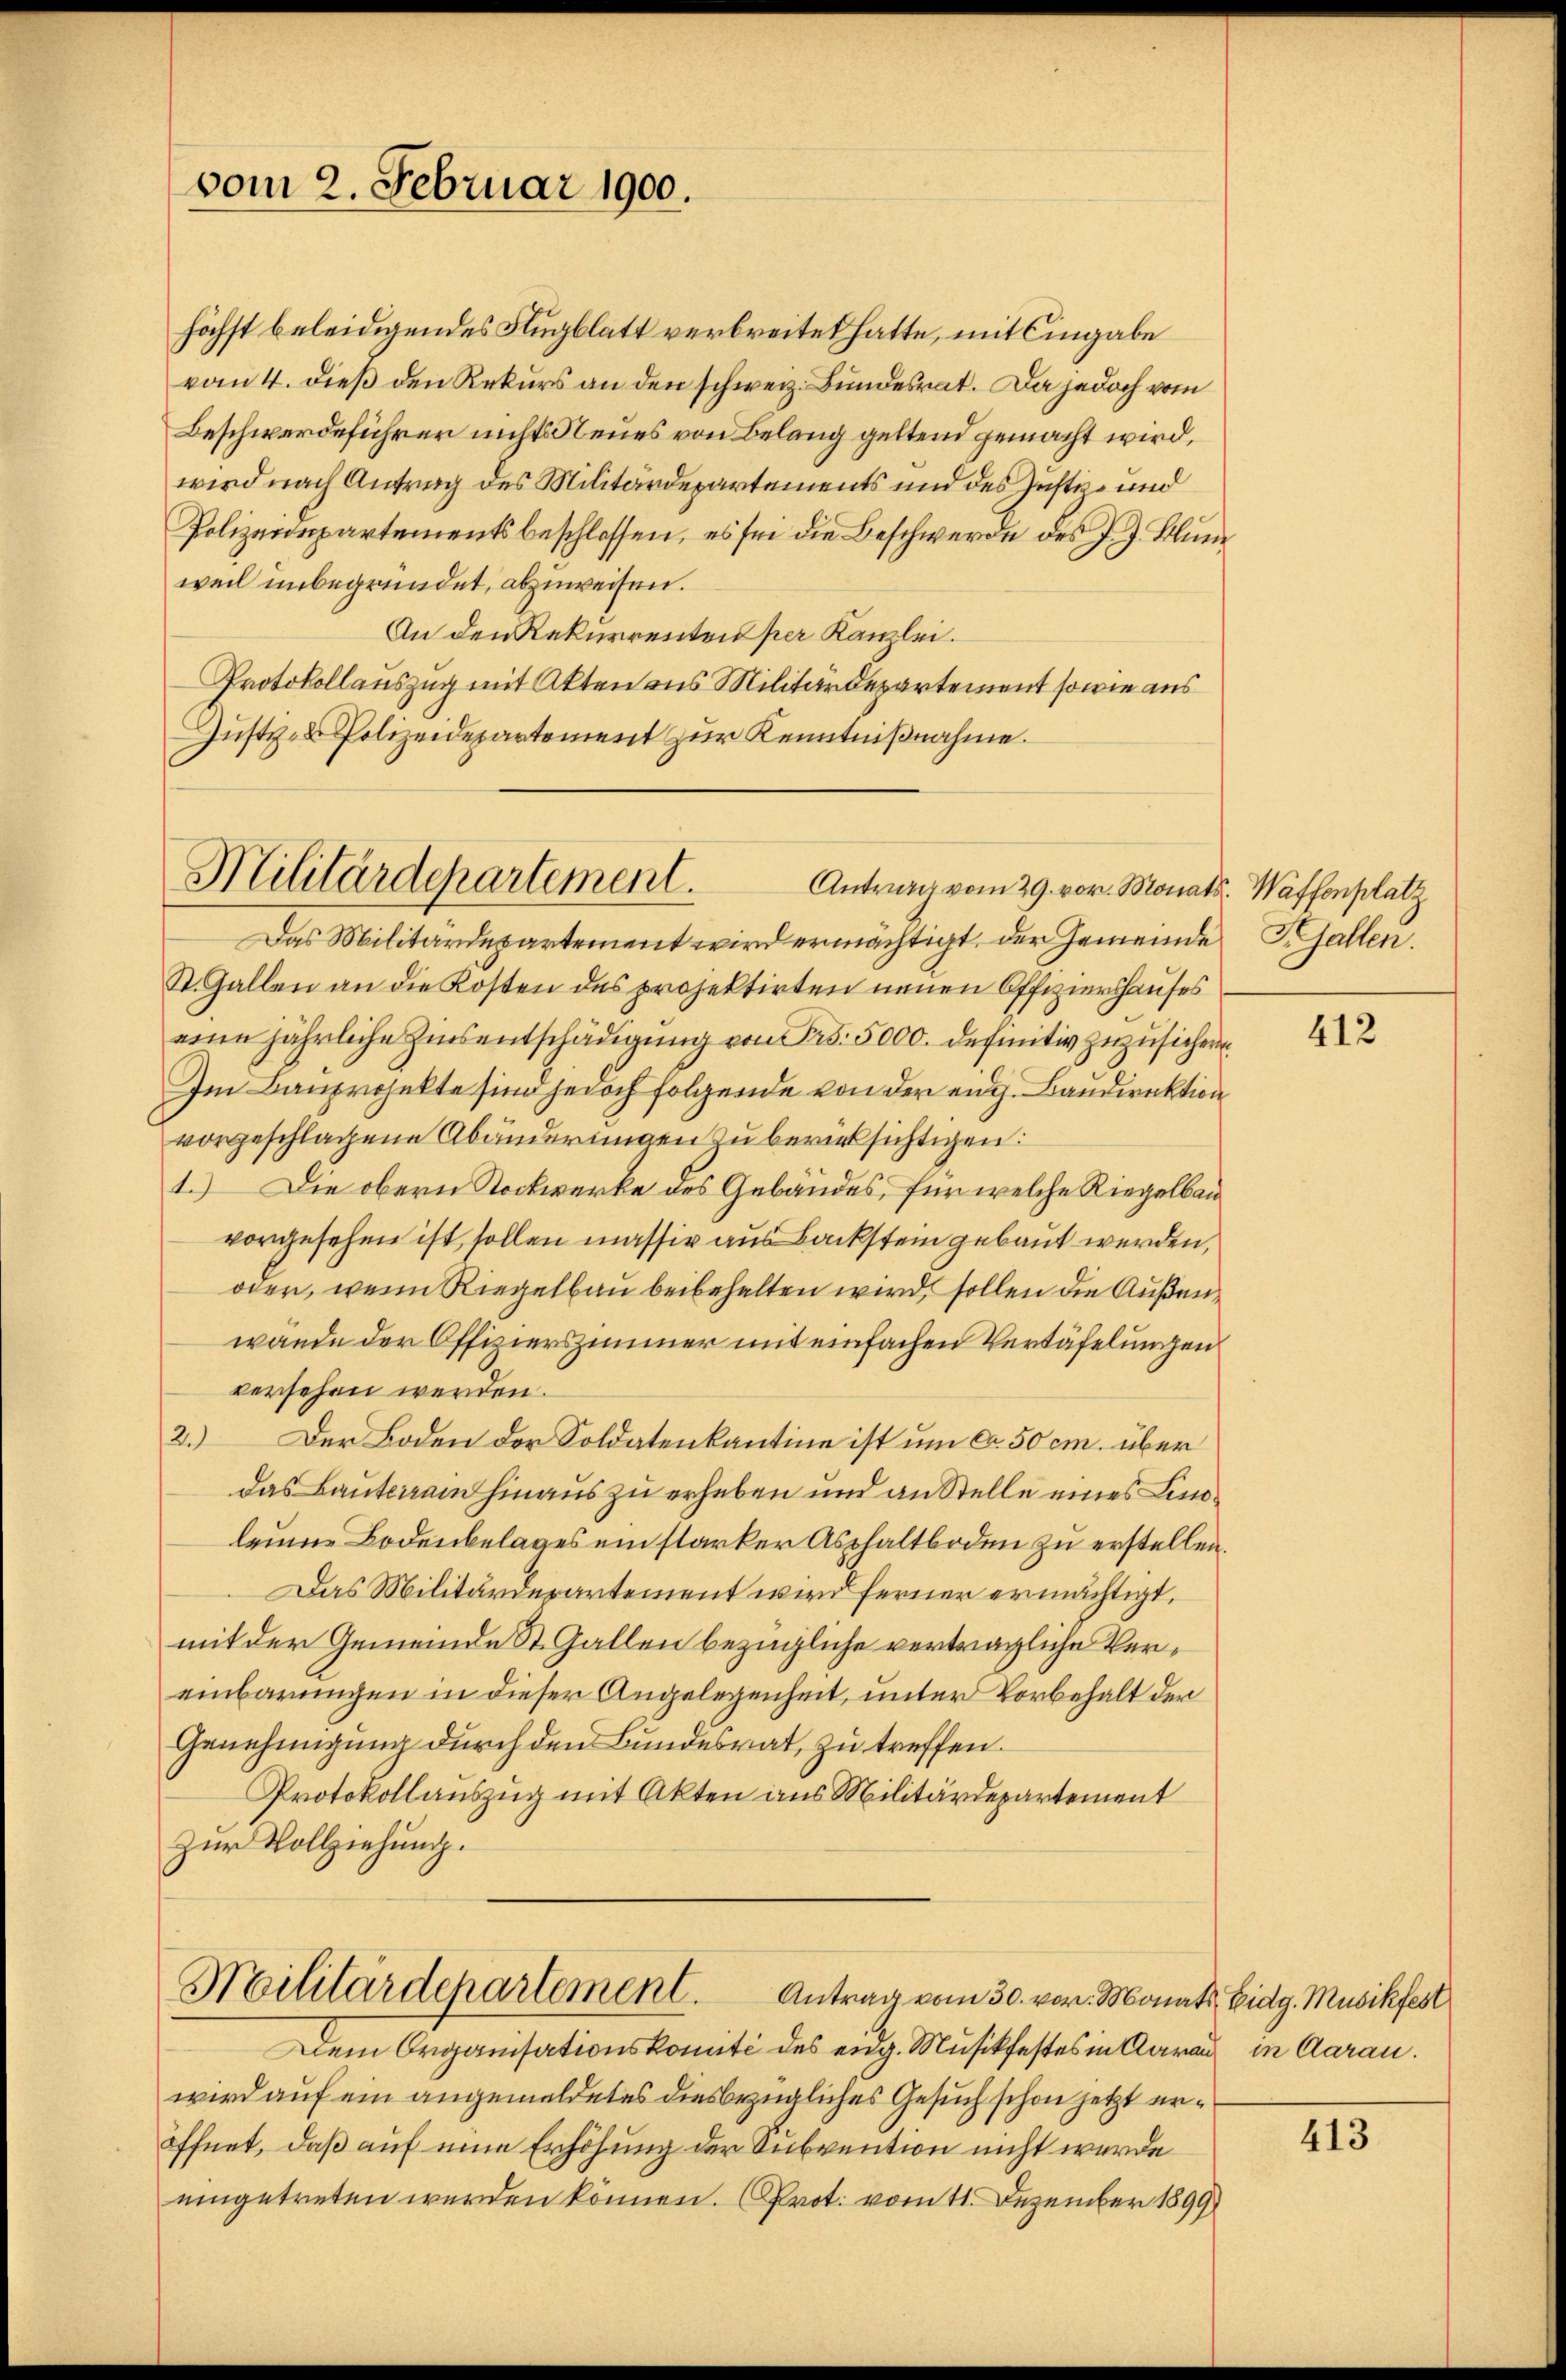
vom 2. Februar 1900.

Militärdepartement.

höchst beleidigendes Flugblatt verbreitet hatte, mit Eingabe
vom 4. dieß den Rekurs an den schweiz. Bundesrat. Da jedoch vom
Beschwerdeführer nichts Neues von Belang geltend gemacht wird,
wird nach Antrag des Militärdepartements und des Justiz- und
Polizeidepartementsbeschlossen, es sei die Beschwerde des J. J. Blume
weil unbegründet, abzuweisen.
An den Rekurrenten per Kanzlei.
Protokollauszug mit Akten aus Militärdepartement sowie aus
Justiz- & Polizeidepartement zur Kenntnißnahme.

Das Militärdepartement wird ermächtigt, der Gemeinde S. Gallen.
St. Gallen an die Kosten des projektirten neuen Offiziershauses
eine jährliche Zinsentschädigung von Frs. 5000. definitiv zuzusichern.
Im Bauprojekte sind jedoch folgende von der eidg. Bandirektion
vorgeschlagene Abänderungen zu berücksichtigen:
1.) Die obern Stockwerke des Gebäudes, für welche Riegelbau
vorgesehen ist sollen massiv aus Backstein gebaut werden,
oder, wenn Riegelbau beibehalten wird, sollen die Außen
wände der Offizierszimmer mit einfachen Vertäfelungen
versehen werden.
2.) Der Boden der Soldatenkantine ist um ca 50 cm. über
das Bauteram hinaus zu erheben und an Stelle eines Lindlaume Bodenbelages ein starker Asphaltboden zu erstellen.
Das Militärdepartement wird ferner ermächtigt,
mit der Gemeinde St. Gallen bezügliche vertragliche Vereinbarungen in dieser Angelegenheit, unter Vorbehalt der
Genehmigung durch den Bundesrat, zu treffen.
Protokollauszug mit Akten aus Militärdepartement
Zur Vollziehung.

Militärdepartement.

Antrag vom 29. vor. Monats. Waffenplatz

Antrag vom 30. vor. Monats Eidg. Musikfest
Dem Organisationskomité des eidg. Musikfestes in Aarau in Aarau.
wird auf ein angemeldetes diesbezügliches Gesuch schon jetzt eröffnet, daß auf eine Erhöhung der Subvention nicht wurde
eingetreten werden können. (Prot. vom 11. Dezember 1899

412

413